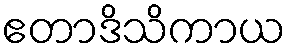
ဧတာဒိသိကာယ